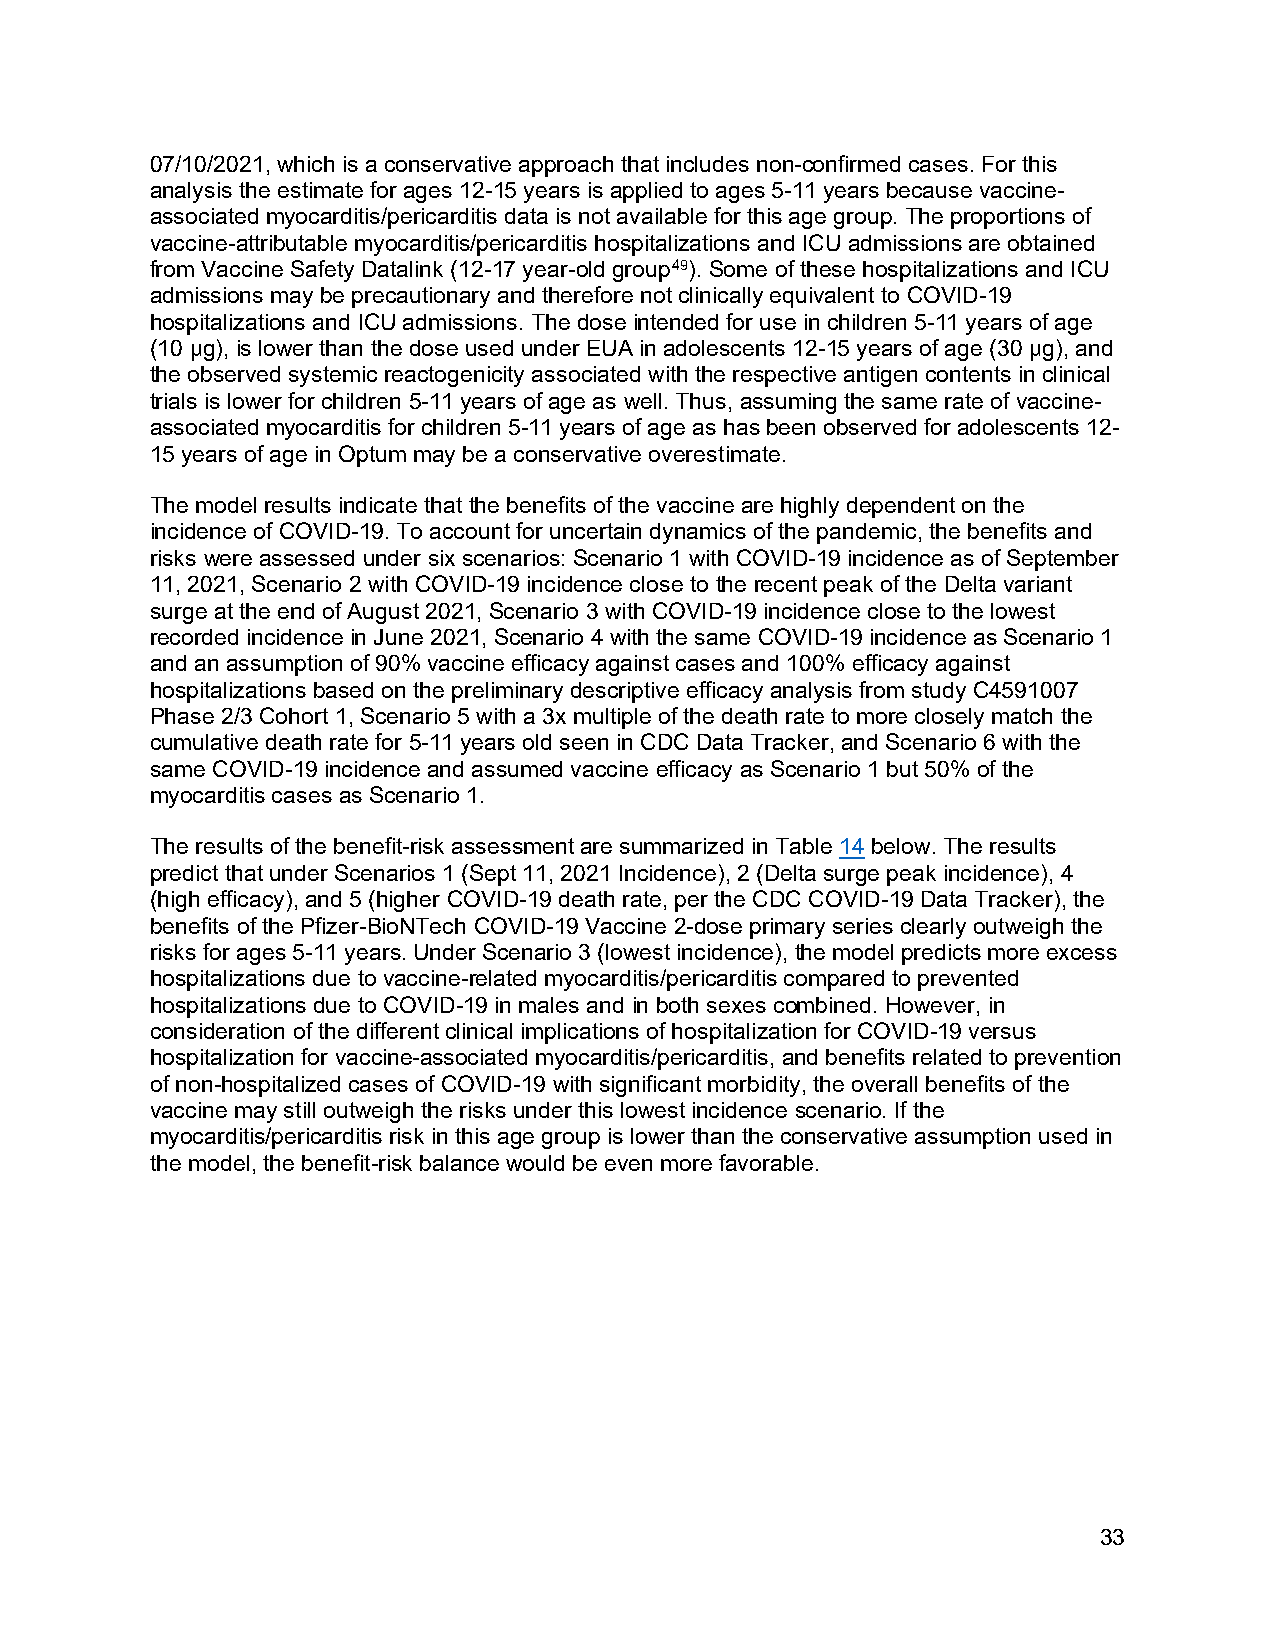
07/10/2021, which is a conservative approach that includes non-confirmed cases. For this
 analysis the estimate for ages 12-15 years is applied to ages 5-11 years because vaccine-
 associated myocarditis/pericarditis data is not available for this age group. The proportions of
 vaccine-attributable myocarditis/pericarditis hospitalizations and ICU admissions are obtained
 from Vaccine Safety Datalink (12-17 year-old group49). Some of these hospitalizations and ICU
 admissions may be precautionary and therefore not clinically equivalent to COVID-19
 hospitalizations and ICU admissions. The dose intended for use in children 5-11 years of age
 (10 µg), is lower than the dose used under EUA in adolescents 12-15 years of age (30 µg), and
 the observed systemic reactogenicity associated with the respective antigen contents in clinical
 trials is lower for children 5-11 years of age as well. Thus, assuming the same rate of vaccine-
 associated myocarditis for children 5-11 years of age as has been observed for adolescents 12-
 15 years of age in Optum may be a conservative overestimate.
 The model results indicate that the benefits of the vaccine are highly dependent on the
 incidence of COVID-19. To account for uncertain dynamics of the pandemic, the benefits and
 risks were assessed under six scenarios: Scenario 1 with COVID-19 incidence as of September
 11, 2021, Scenario 2 with COVID-19 incidence close to the recent peak of the Delta variant
 surge at the end of August 2021, Scenario 3 with COVID-19 incidence close to the lowest
 recorded incidence in June 2021, Scenario 4 with the same COVID-19 incidence as Scenario 1
 and an assumption of 90% vaccine efficacy against cases and 100% efficacy against
 hospitalizations based on the preliminary descriptive efficacy analysis from study C4591007
 Phase 2/3 Cohort 1, Scenario 5 with a 3x multiple of the death rate to more closely match the
 cumulative death rate for 5-11 years old seen in CDC Data Tracker, and Scenario 6 with the
 same COVID-19 incidence and assumed vaccine efficacy as Scenario 1 but 50% of the
 myocarditis cases as Scenario 1.
 The results of the benefit-risk assessment are summarized in Table 14 below. The results
 predict that under Scenarios 1 (Sept 11, 2021 Incidence), 2 (Delta surge peak incidence), 4
 (high efficacy), and 5 (higher COVID-19 death rate, per the CDC COVID-19 Data Tracker), the
 benefits of the Pfizer-BioNTech COVID-19 Vaccine 2-dose primary series clearly outweigh the
 risks for ages 5-11 years. Under Scenario 3 (lowest incidence), the model predicts more excess
 hospitalizations due to vaccine-related myocarditis/pericarditis compared to prevented
 hospitalizations due to COVID-19 in males and in both sexes combined. However, in
 consideration of the different clinical implications of hospitalization for COVID-19 versus
 hospitalization for vaccine-associated myocarditis/pericarditis, and benefits related to prevention
 of non-hospitalized cases of COVID-19 with significant morbidity, the overall benefits of the
 vaccine may still outweigh the risks under this lowest incidence scenario. If the
 myocarditis/pericarditis risk in this age group is lower than the conservative assumption used in
 the model, the benefit-risk balance would be even more favorable.
 33